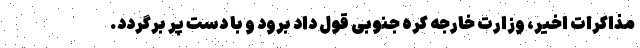
مذاکرات اخیر، وزارت خارجه کره جنوبی قول داد برود و با دست پر برگردد.